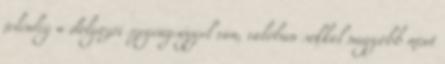
jelenleg a dolgozói szegénységgel van, valóban sokkal nagyobb mint